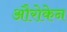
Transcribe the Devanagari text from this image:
औरोकेन